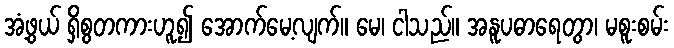
အံ့ဖွယ် ရှိစွတကားဟူ၍ အောက်မေ့လျက်။ မေ၊ ငါသည်။ အနူပဓာရေတွာ၊ မစူးစမ်း